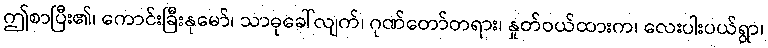
ဤစာပြီး၏၊ ကောင်းခြီးနုမော်၊ သာဓုခေါ်လျက်၊ ဂုဏ်တော်တရား၊ နှုတ်ဝယ်ထားက၊ လေးပါးပယ်ရွာ၊